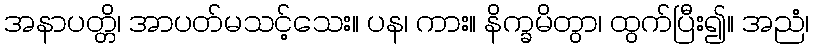
အနာပတ္တိ၊ အာပတ်မသင့်သေး။ ပန၊ ကား။ နိက္ခမိတွာ၊ ထွက်ပြီး၍။ အညံ၊